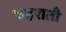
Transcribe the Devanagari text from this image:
घहराती